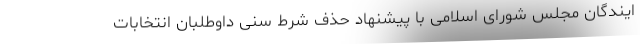
ایندگان مجلس شورای اسلامی با پیشنهاد حذف شرط سنی داوطلبان انتخابات